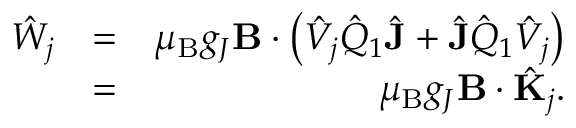
\begin{array} { r l r } { \hat { W } _ { j } } & { = } & { \mu _ { \mathrm { B } } g _ { J } \mathbf { B } \cdot \left( \hat { V } _ { j } \hat { Q } _ { 1 } \hat { \mathbf { J } } + \hat { \mathbf { J } } \hat { Q } _ { 1 } \hat { V } _ { j } \right) } \\ & { = } & { \mu _ { \mathrm { B } } g _ { J } \mathbf { B } \cdot \hat { \mathbf { K } } _ { j } . } \end{array}